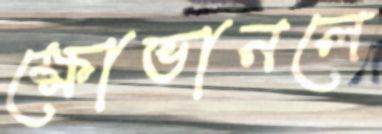
ক্ষোভানলে